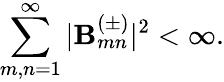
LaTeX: \sum_{m,n=1}^{\infty}|\mathbf{B}_{mn}^{(\pm)}|^{2}<\infty.